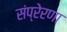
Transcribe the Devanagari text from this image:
संप्रेरणा